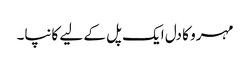
مہرو کا دل ایک پل کے لیے کانپا۔